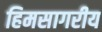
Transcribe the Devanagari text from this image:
हिमसागरीय